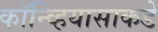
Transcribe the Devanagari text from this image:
कॉन्व्हियासाकडे